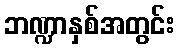
ဘဏ္ဍာနှစ်အတွင်း